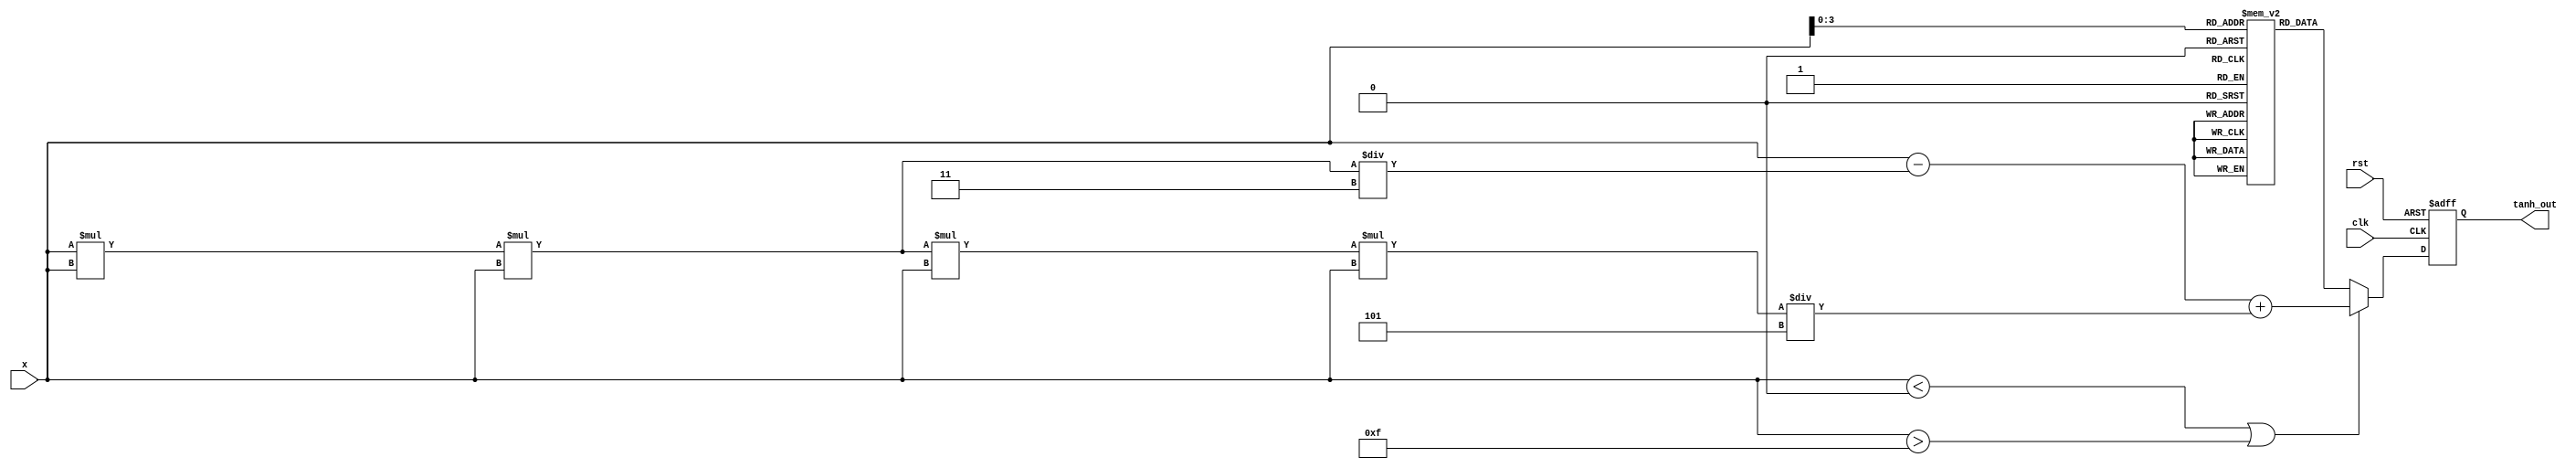
module tanh_approx (
    input wire [15:0] x,          // Input value (fixed-point representation)
    output reg [15:0] tanh_out,   // Output value (fixed-point representation)
    input wire clk,               // Clock signal
    input wire rst                // Reset signal
);

    // LUT for tanh values (example values, should be filled with actual tanh values)
    reg [15:0] lut [0:15]; // 16 entries for LUT
    initial begin
        lut[0] = 16'h0000; // tanh(0)
        lut[1] = 16'h0000; // tanh(0.1)
        lut[2] = 16'h0192; // tanh(0.2)
        lut[3] = 16'h0324; // tanh(0.3)
        lut[4] = 16'h03E0; // tanh(0.4)
        lut[5] = 16'h047A; // tanh(0.5)
        lut[6] = 16'h04E1; // tanh(0.6)
        lut[7] = 16'h052C; // tanh(0.7)
        lut[8] = 16'h055A; // tanh(0.8)
        lut[9] = 16'h057D; // tanh(0.9)
        lut[10] = 16'h058F; // tanh(1.0)
        lut[11] = 16'h0598; // tanh(1.1)
        lut[12] = 16'h05A0; // tanh(1.2)
        lut[13] = 16'h05A7; // tanh(1.3)
        lut[14] = 16'h05AD; // tanh(1.4)
        lut[15] = 16'h05B2; // tanh(1.5)
    end

    // Polynomial coefficients for approximation (example coefficients)
    reg [15:0] a0 = 16'h0000; // Coefficient for x^0
    reg [15:0] a1 = 16'h0000; // Coefficient for x^1
    reg [15:0] a2 = 16'h0000; // Coefficient for x^2
    reg [15:0] a3 = 16'h0000; // Coefficient for x^3

    // Internal signals
    reg [15:0] lut_result;
    reg [15:0] poly_result;
    reg [15:0] result;

    // Polynomial approximation function
    function [15:0] poly_approx(input [15:0] x);
        begin
            // Example polynomial approximation: tanh(x)  x - x^3/3 + x^5/5
            poly_approx = x - (x * x * x) / 16'h0003 + (x * x * x * x * x) / 16'h0005;
        end
    endfunction

    always @(posedge clk or posedge rst) begin
        if (rst) begin
            tanh_out <= 16'h0000;
        end else begin
            // Determine if x is within the LUT range
            if (x < 16'h0000 || x > 16'h000F) begin
                // Use polynomial approximation for out-of-range values
                poly_result = poly_approx(x);
                result = poly_result;
            end else begin
                // Use LUT for in-range values
                lut_result = lut[x];
                result = lut_result;
            end
            
            // Assign the result to output
            tanh_out <= result;
        end
    end

endmodule